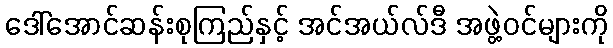
ဒေါ်အောင်ဆန်းစုကြည်နှင့် အင်အယ်လ်ဒီ အဖွဲ့ဝင်များကို